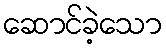
ဆောင်ခဲ့သော